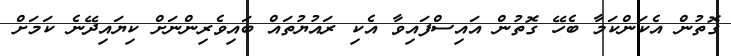
ގޮތުން އެކަންކަމާ ބެހޭ ގޮތުން އައިސްފައިވާ އެކި ރައުޔުތައް ބައިވެރިންނަށް ކިޔައިދޭނެ ކަމަށް